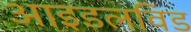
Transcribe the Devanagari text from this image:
आइडलविड